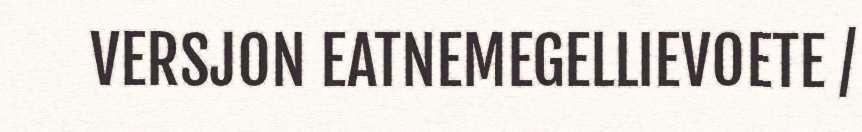
VERSJON EATNEMEGELLIEVOETE /